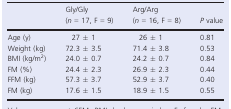
|  | Gly/Gly (n =17, F = 9) | Arg/Arg (n =16, F = 8) | P value |
 | --- | --- | --- | --- |
 | Age (y) | 27 ± 1 | 26 ± 1 | 0.81 |
 | Weight (kg) | 72.3 ± 3.5 | 71.4 ± 3.8 | 0.53 |
 | BMI (kg/m2) | 24.0 ± 0.7 | 24.2 ± 0.7 | 0.84 |
 | FM (%) | 24.4 ± 2.3 | 26.9 ± 2.3 | 0.44 |
 | FFM (kg) | 57.3 ± 3.7 | 52.9 ± 3.7 | 0.40 |
 | FM (kg) | 17.6 ± 1.5 | 18.9 ± 1.5 | 0.55 |